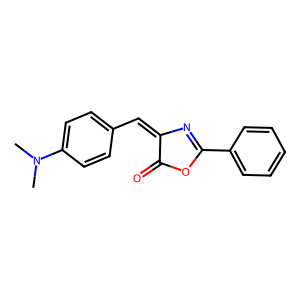
SMILES: CN(C)c1ccc(C=C2N=C(c3ccccc3)OC2=O)cc1
Inhibits HIV replication: No